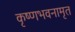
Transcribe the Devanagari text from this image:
कृष्णभवनामृत